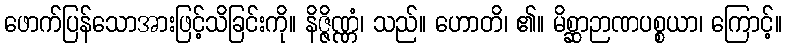
ဖောက်ပြန်သောအားဖြင့်သိခြင်းကို။ နိဇ္ဇိဏ္ဏံ၊ သည်။ ဟောတိ၊ ၏။ မိစ္ဆာဉာဏပစ္စယာ၊ ကြောင့်။